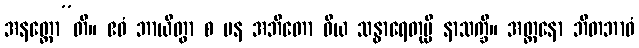
အနတ္ထော”တိ။ ဧဝံ ဘာယိတွာ စ ပန အဘီတော ဝိယ သန္ဓာရေတုမ္ပိ နာသက္ခိ။ အတ္တနော ဘီတဘာဝံ